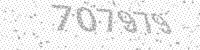
Solution: 707979